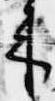
来